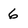
Character: 6